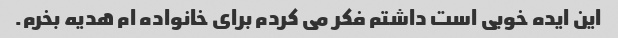
این ایده خوبی است داشتم فکر می کردم برای خانواده ام هدیه بخرم.